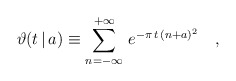
\begin{align*}\vartheta(t\,|\,a) \equiv \sum_{n=-\infty}^{+\infty} \, e^{-\pi\,t\,(n+a)^2} \quad ,\end{align*}